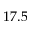
1 7 . 5